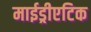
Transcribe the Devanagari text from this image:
माईड्रीएटिक